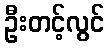
ဦးတင့်လွင်